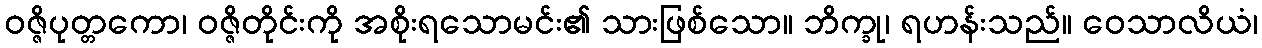
ဝဇ္ဇိပုတ္တကော၊ ဝဇ္ဇိတိုင်းကို အစိုးရသောမင်း၏ သားဖြစ်သော။ ဘိက္ခု၊ ရဟန်းသည်။ ဝေသာလိယံ၊